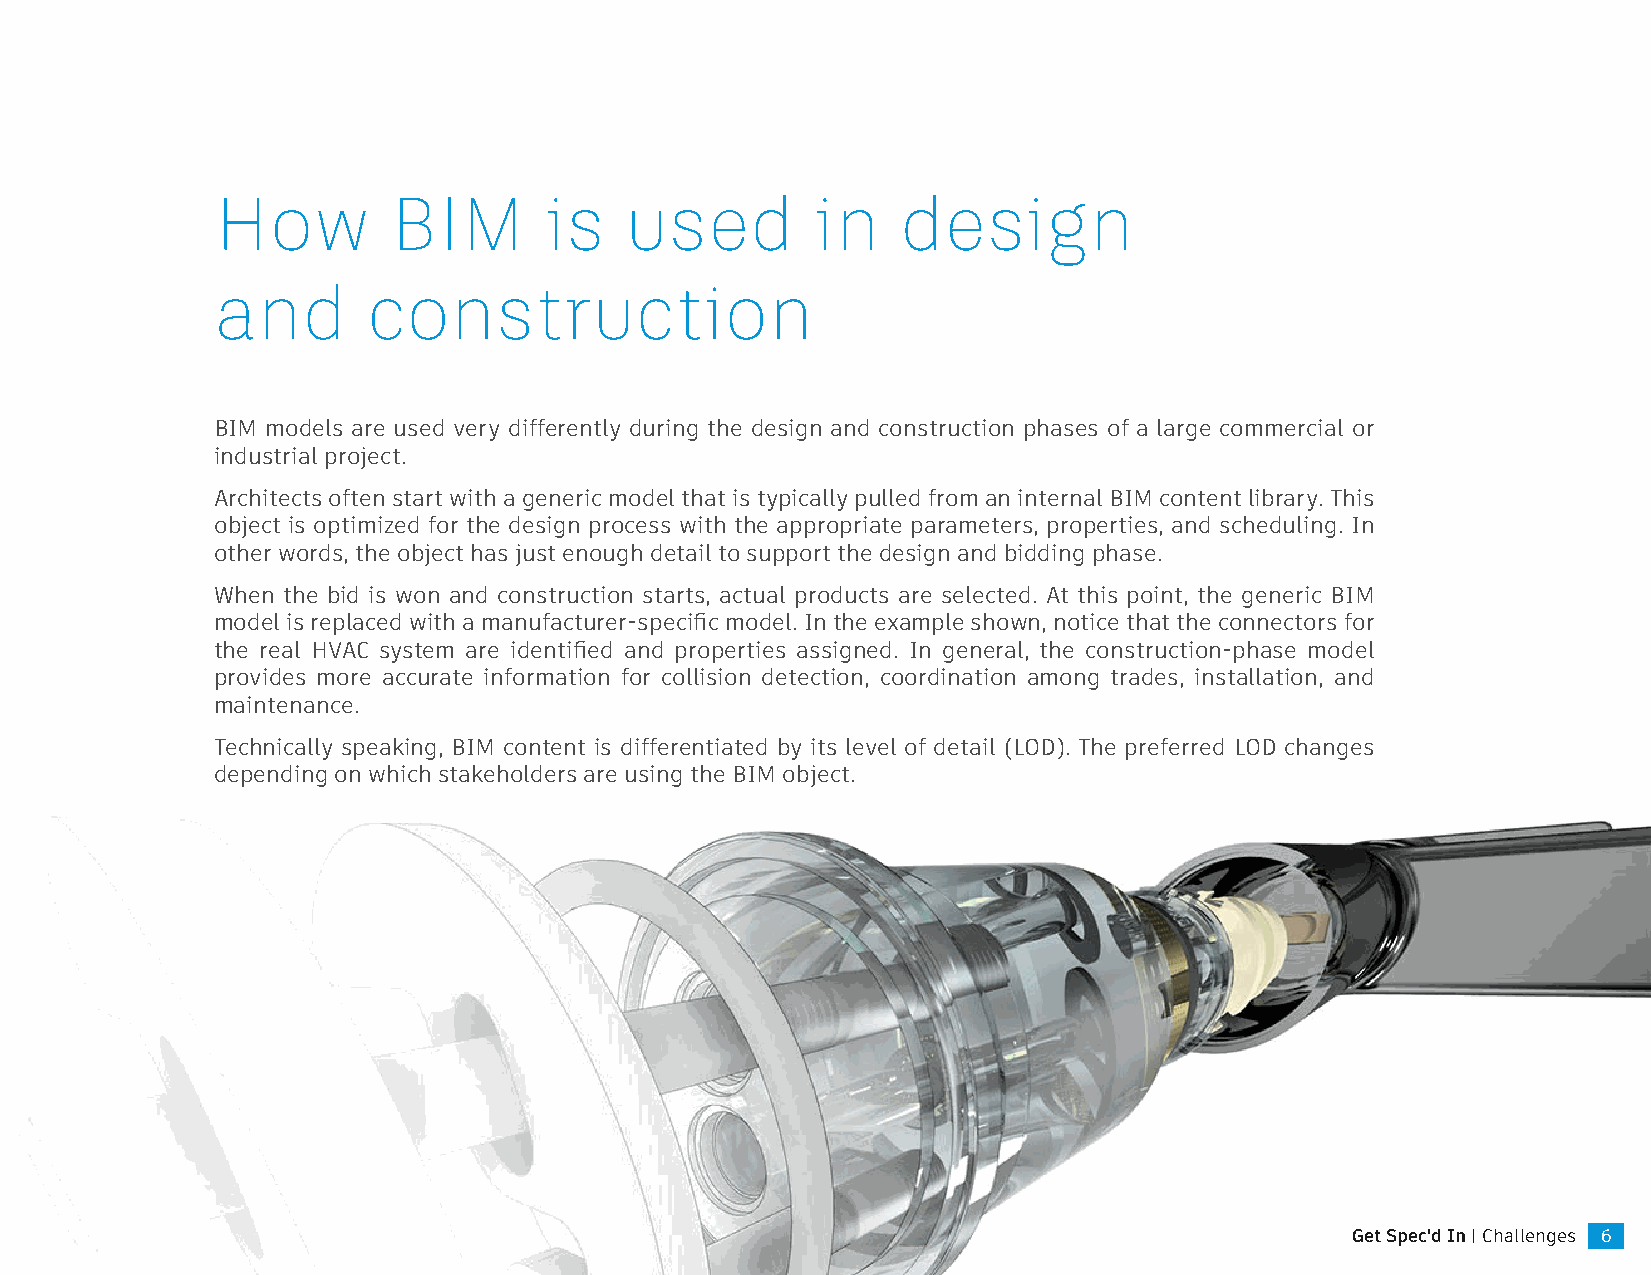
How         BIM       is   used         in    design
 and       construction
 BIM models are used very differently during the design and construction phases of a large commercial or
 industrial project.
 Architects often start with a generic model that is typically pulled from an internal BIM content library. This
 object is optimized for the design process with the appropriate parameters, properties, and scheduling. In
 other words, the object has just enough detail to support the design and bidding phase.
 When the bid is won and construction starts, actual products are selected. At this point, the generic BIM
 model is replaced with a manufacturer-specific model. In the example shown, notice that the connectors for
 the real HVAC system are identified and properties assigned. In general, the construction-phase model
 provides more accurate information for collision detection, coordination among trades, installation, and
 maintenance.
 Technically speaking, BIM content is differentiated by its level of detail (LOD). The preferred LOD changes
 depending on which stakeholders are using the BIM object.
 Get Spec'd In | Challenges 6